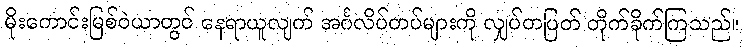
မိုးကောင်းမြစ်ဝဲယာတွင် နေရာယူလျက် အင်္ဂလိပ်တပ်များကို လျှပ်တပြတ် တိုက်ခိုက်ကြသည်။